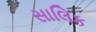
સાલિક